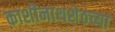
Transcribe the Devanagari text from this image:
काशीनाथशेठच्या